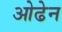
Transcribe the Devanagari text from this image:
ओढेन